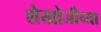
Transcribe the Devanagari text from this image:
शेखोजीच्या